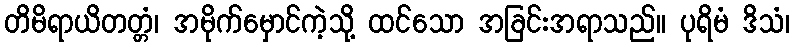
တိမိရာယိတတ္တံ၊ အမိုက်မှောင်ကဲ့သို့ ထင်သော အခြင်းအရာသည်။ ပုရိမံ ဒိသံ၊